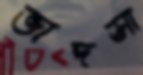
ভাদসা